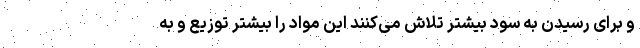
و برای رسیدن به سود بیشتر تلاش می‌کنند این مواد را بیشتر توزیع و به